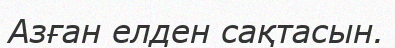
Азған елден сақтасын.